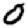
Digit: 0